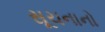
સૂચનાનો